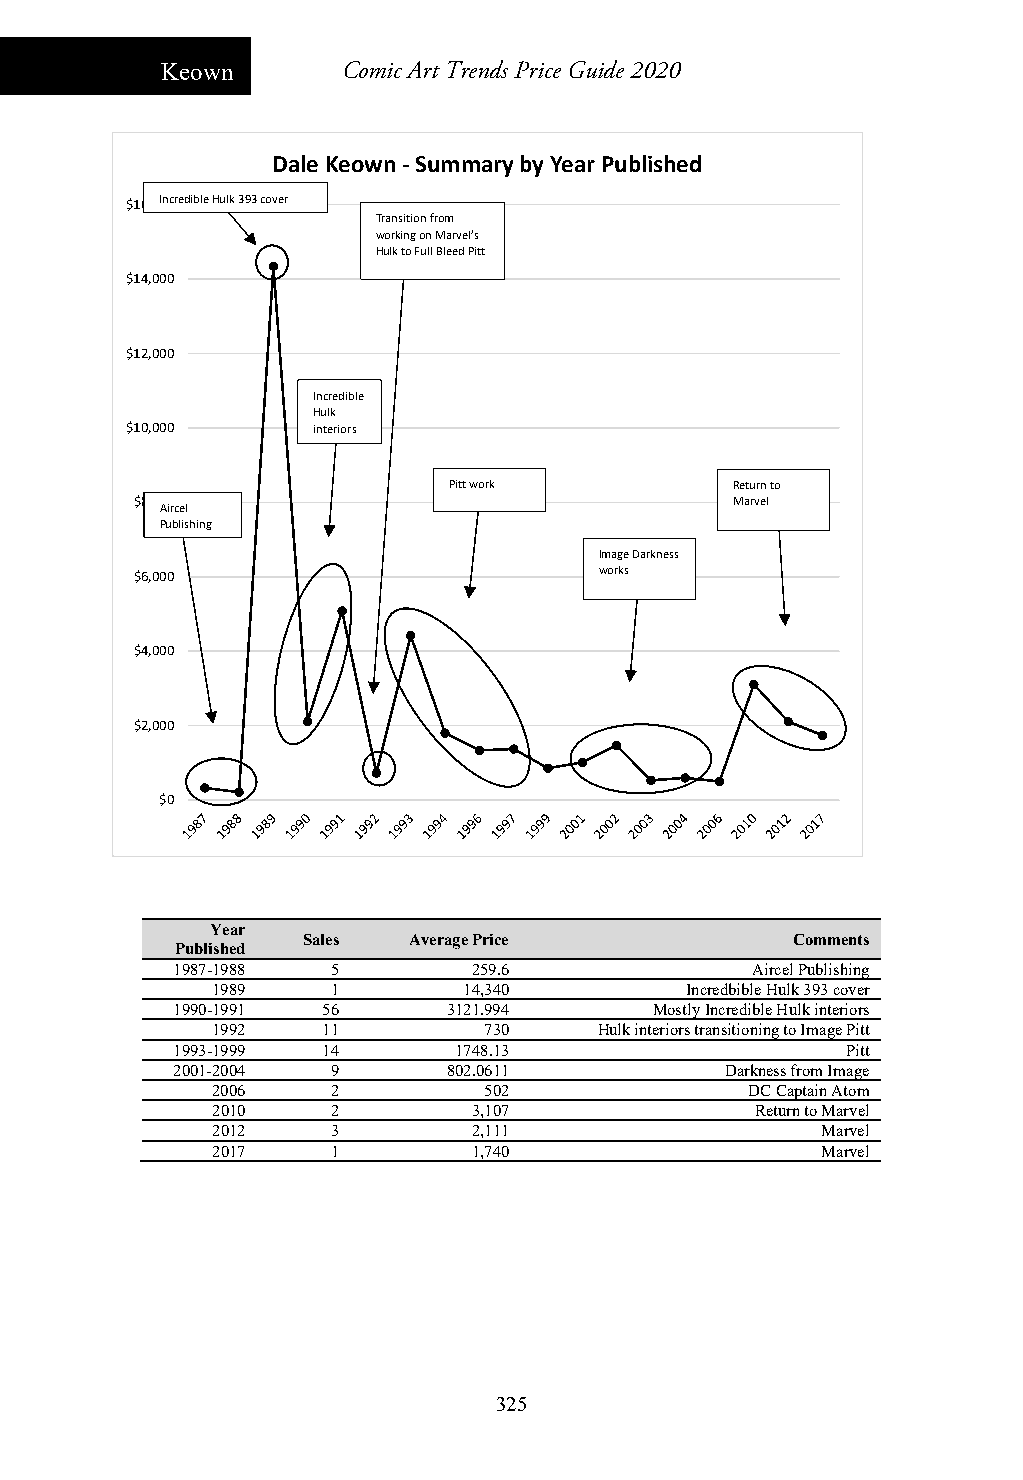
Keown       Comic Art Trends Price Guide 2020
 Dale Keown ‐Summary by Year Published
 $16,0I0n0credible Hulk 393 cover
 Transition from
 working on Marvel’s
 Hulk to Full Bleed Pitt
 $14,000
 $12,000
 Incredible
 Hulk
 $10,000      interiors
 Pitt work          Return to
 $8,000                                  Marvel
 Aircel
 Publishing
 Image Darkness
 $6,000                         works
 $4,000
 $2,000
 $0
 Year
 Sales  Average Price            Comments
 Published
 1987-1988  5        259.6              Aircel Publishing
 1989    1        14,340        Incredbible Hulk 393 cover
 1990-1991 56       3121.994     Mostly Incredible Hulk interiors
 1992   11         730     Hulk interiors transitioning to Image Pitt
 1993-1999 14       1748.13                   Pitt
 2001-2004  9       802.0611          Darkness from Image
 2006    2         502               DC Captain Atom
 2010    2        3,107              Return to Marvel
 2012    3        2,111                  Marvel
 2017    1        1,740                  Marvel
 325